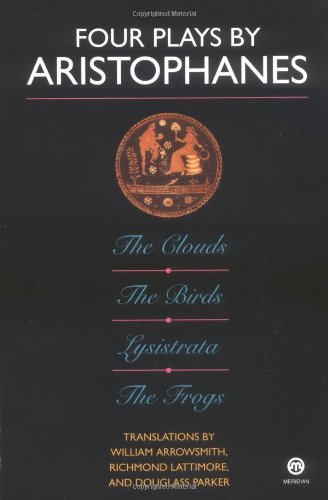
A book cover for Four Plays by Aristophanes: The Birds; The Clouds; The Frogs; Lysistrata (Meridian Classics); Aristophanes; Literature & Fiction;